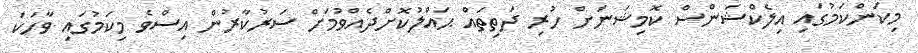
މިކަންކަމުގައި އިލެކްޝަންސް ކޮމިޝަނަށް ހުރި ދަތިތައް ޙައްލުކޮށްދެއްވުމަށް ސަރުކާރުން އިސްވެ މިކަމުގައި ވާހަކަ